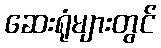
ဆေးရုံများတွင်